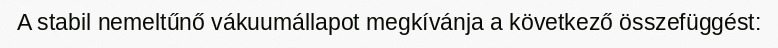
A stabil nemeltűnő vákuumállapot megkívánja a következő összefüggést: